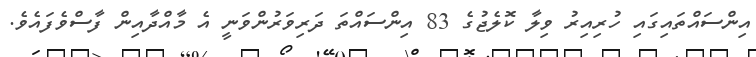
އިންސައްތައިގައި ހުރިއިރު ވިލާ ކޮލެޖުގެ 83 އިންސައްތަ ދަރިވަރުންވަނީ އެ މާއްދާއިން ފާސްވެފައެވެ.